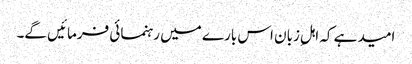
امید ہے کہ اہلِ زبان اس بارے میں رہنمائی فرمائیں گے۔